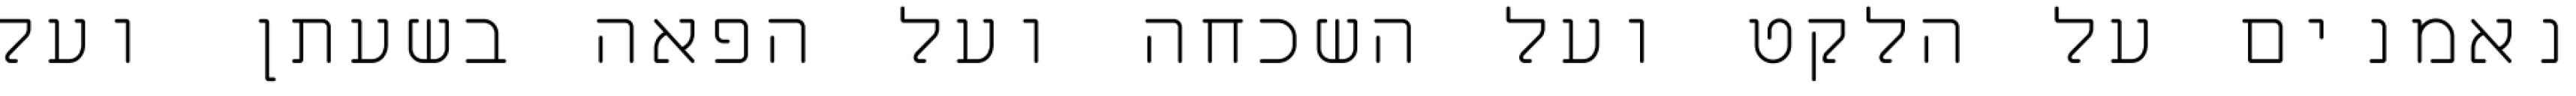
נאמנים על הלקט ועל השכחה ועל הפאה בשעתן ועל